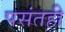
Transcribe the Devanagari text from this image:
पसंतही